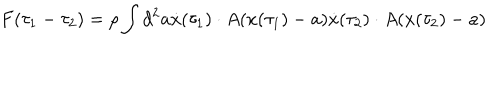
F ( \tau _ { 1 } - \tau _ { 2 } ) = \rho \int d ^ { 2 } a \dot { x } ( \tau _ { 1 } ) \cdot A ( x ( \tau _ { 1 } ) - a ) \dot { x } ( \tau _ { 2 } ) \cdot A ( x ( \tau _ { 2 } ) - a )